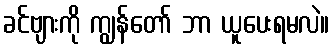
ခင်ဗျားကို ကျွန်တော် ဘာ ယူပေးရမလဲ။